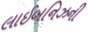
લાઈબનિઝની